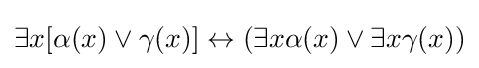
\exists x[\alpha (x)\lor \gamma (x)]\leftrightarrow (\exists x\alpha (x)\lor \exists x\gamma (x))